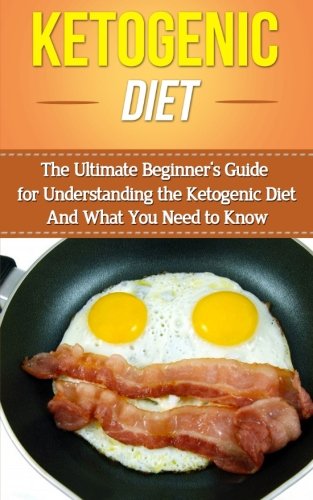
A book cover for Ketogenic Diet: The Ultimate Beginner's Guide for Understanding the Ketogenic Diet And What You Need to Know (Weight Loss, Recipes, Blueprint, Manual, Epilepsy); Wade Migan; Health, Fitness & Dieting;